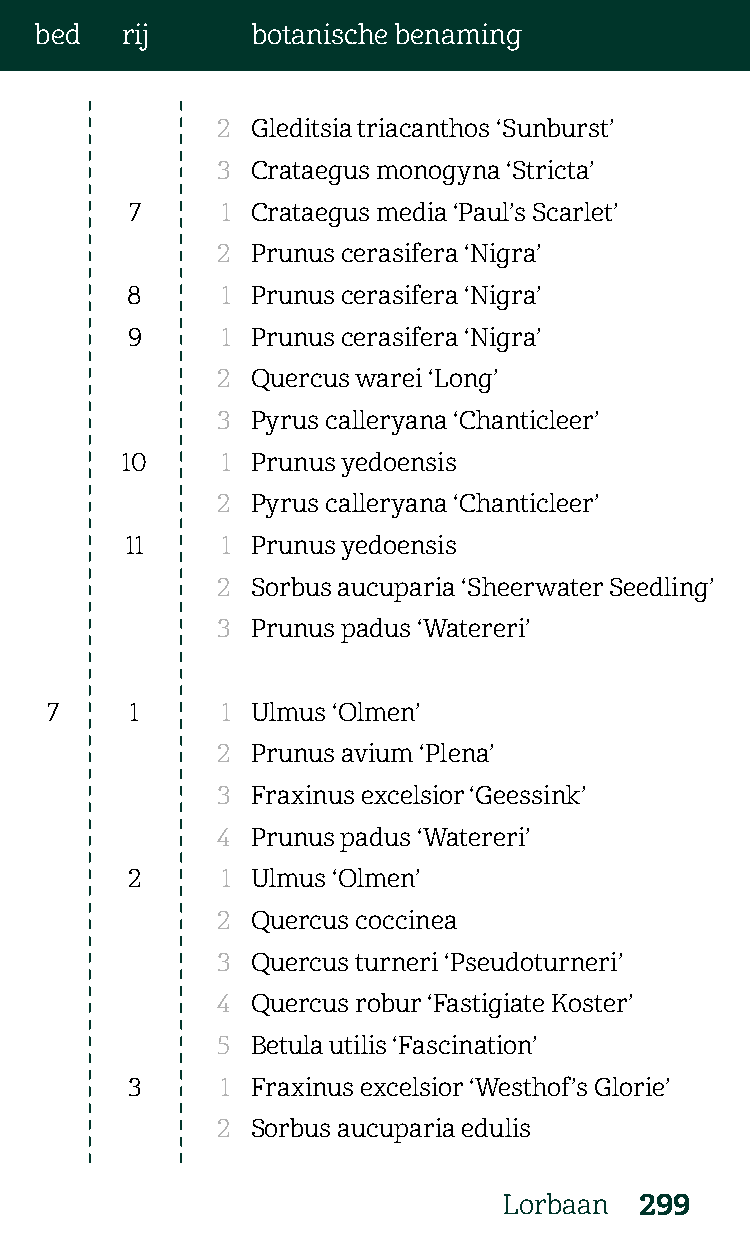
bed   rij      botanische benaming
 2  Gleditsia triacanthos ‘Sunburst’
 3  Crataegus monogyna ‘Stricta’
 7     1 Crataegus media ‘Paul’s Scarlet’
 2  Prunus cerasifera ‘Nigra’
 8      1 Prunus cerasifera ‘Nigra’
 9      1 Prunus cerasifera ‘Nigra’
 2  Quercus warei ‘Long’
 3  Pyrus calleryana ‘Chanticleer’
 10     1 Prunus yedoensis
 2  Pyrus calleryana ‘Chanticleer’
 11     1 Prunus yedoensis
 2  Sorbus aucuparia ‘Sheerwater Seedling’
 3  Prunus padus ‘Watereri’
 7     1     1 Ulmus ‘Olmen’
 2  Prunus avium ‘Plena’
 3  Fraxinus excelsior ‘Geessink’
 4  Prunus padus ‘Watereri’
 2      1 Ulmus ‘Olmen’
 2  Quercus coccinea
 3  Quercus turneri ‘Pseudoturneri’
 4  Quercus robur ‘Fastigiate Koster’
 5  Betula utilis ‘Fascination’
 3      1 Fraxinus excelsior ‘Westhof’s Glorie’
 2  Sorbus aucuparia edulis
 Lorbaan  299